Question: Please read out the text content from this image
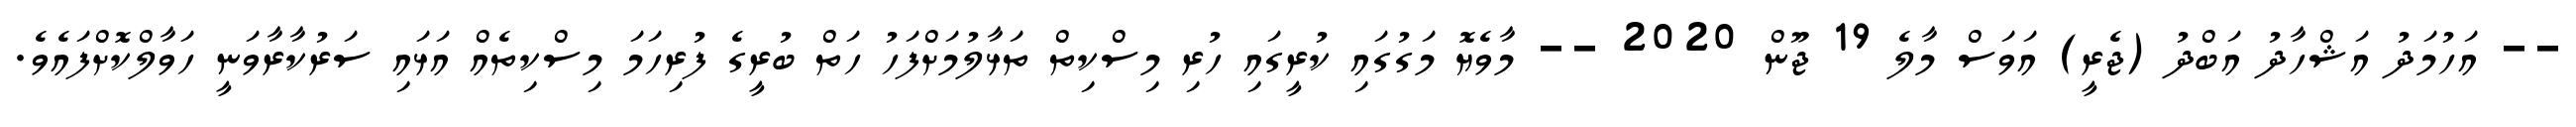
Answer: -- އަހުމަދު އަޝްހާދު އަބްދު (ޖެރީ) އަވަސް މާލެ 19 ޖޫން 2020 -- މާވެޔޮ މަގުގައި ކުރީގައި ހުރި މިސްކިތް ތަޅާލުމަށްފަހު ހަތް ބުރީގެ ފުރިހަމަ މިސްކިތެއް އަޅައި ސަރުކާރާވަނީ ހަވާލްކޮށްފައެވެ.